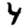
Digit: 4